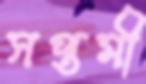
সপ্তমী